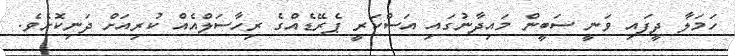
ހަމަލާ ދީފައި ވަނީ ސަބީން މައިދާނުގައި އަސްކަރީ ޕެރޭޑެއްގެ ރިހާސަލްއެއް ކުރިއަށް ދަނިކޮށެވެ.